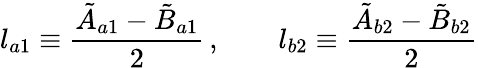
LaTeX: l_{a1}\equiv\frac{\tilde{A}_{a1}-\tilde{B}_{a1}}{2}\, ,\qquad l_{b2}\equiv\frac{\tilde{A}_{b2}-\tilde{B}_{b2}}{2}